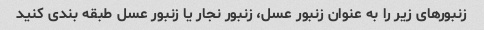
زنبورهای زیر را به عنوان زنبور عسل، زنبور نجار یا زنبور عسل طبقه بندی کنید